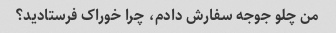
من چلو جوجه سفارش دادم، چرا خوراک فرستادید؟